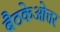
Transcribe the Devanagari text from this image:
बैठकेओत्तर